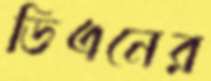
ডিএনের